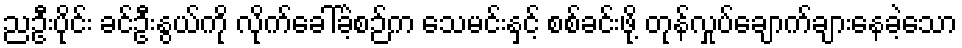
ညဦးပိုင်း ခင်ဦးနွယ်ကို လိုက်ခေါ်ခဲ့စဉ်က သေမင်းနှင့် စစ်ခင်းဖို့ တုန်လှုပ်ချောက်ချားနေခဲ့သော